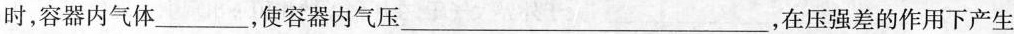
时，容器内气体___，使容器内气压___，在压强差的作用下产生